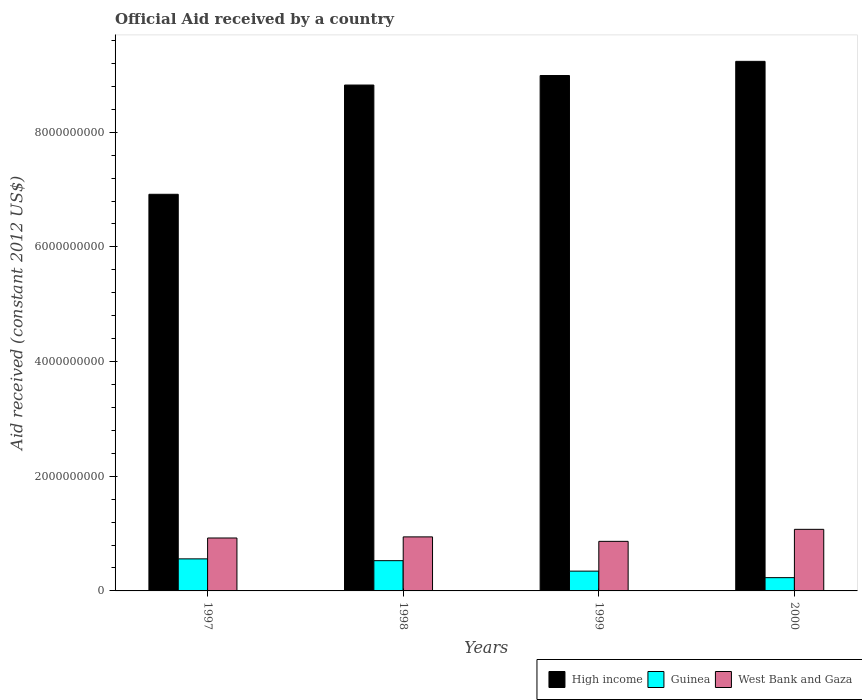
| Years | High income | Guinea | West Bank and Gaza |
 | --- | --- | --- | --- |
 | 1997 | 6.92e+09 | 5.59e+08 | 9.23e+08 |
 | 1998 | 8.82e+09 | 5.28e+08 | 9.42e+08 |
 | 1999 | 8.99e+09 | 3.45e+08 | 8.65e+08 |
 | 2000 | 9.24e+09 | 2.32e+08 | 1.07e+09 |